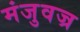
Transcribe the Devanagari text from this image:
मंजुवज्र